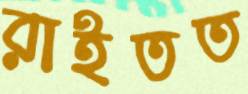
রাইতত